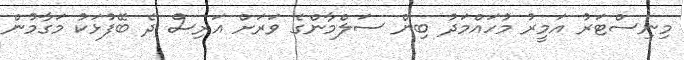
މިނިސްޓަރު އަމީރު މުހައްމަދު ބިން ސަލްމާންގެ ވަރަށް އަރިސް ދެ ބޭފުޅަކު މަގާމުން